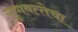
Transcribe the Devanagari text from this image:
गुणवत्‍तेचा